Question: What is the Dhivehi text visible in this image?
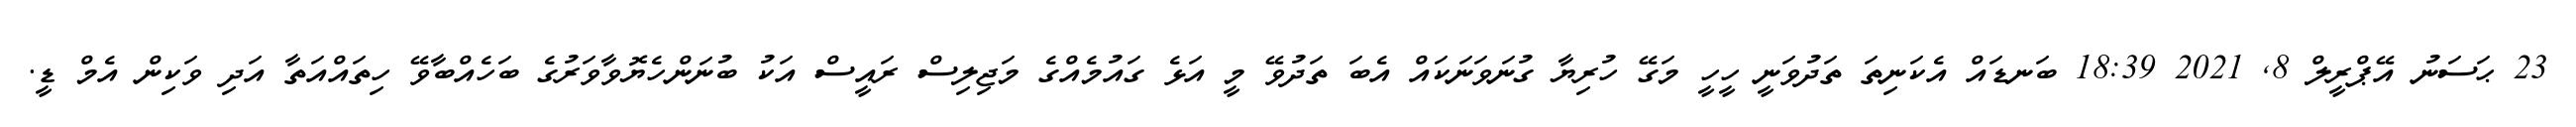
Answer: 23 ޙަސަނު އޭޕްރީލް 8, 2021 18:39 ބަނޑައް އެކަނިތަ ތަދުވަނީ ހީހީ މަގޭ ހުރިޔާ ގުނަވަނަކައް އެބަ ތަދުވޭ މީ އަޅެ ގައުމެއްގެ މަޖިލިސް ރައީސް އަކު ބުނަންހެޔޮވާވަރުގެ ބަހެއްބާވޭ ހިތައްއަތާ އަދި ވަކިން އެމް ޑީ.